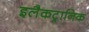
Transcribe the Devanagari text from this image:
इलैकट्रानिक